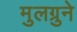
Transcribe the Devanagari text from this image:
मुलग्रुने